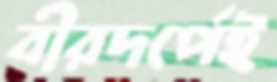
বীরদর্পেই